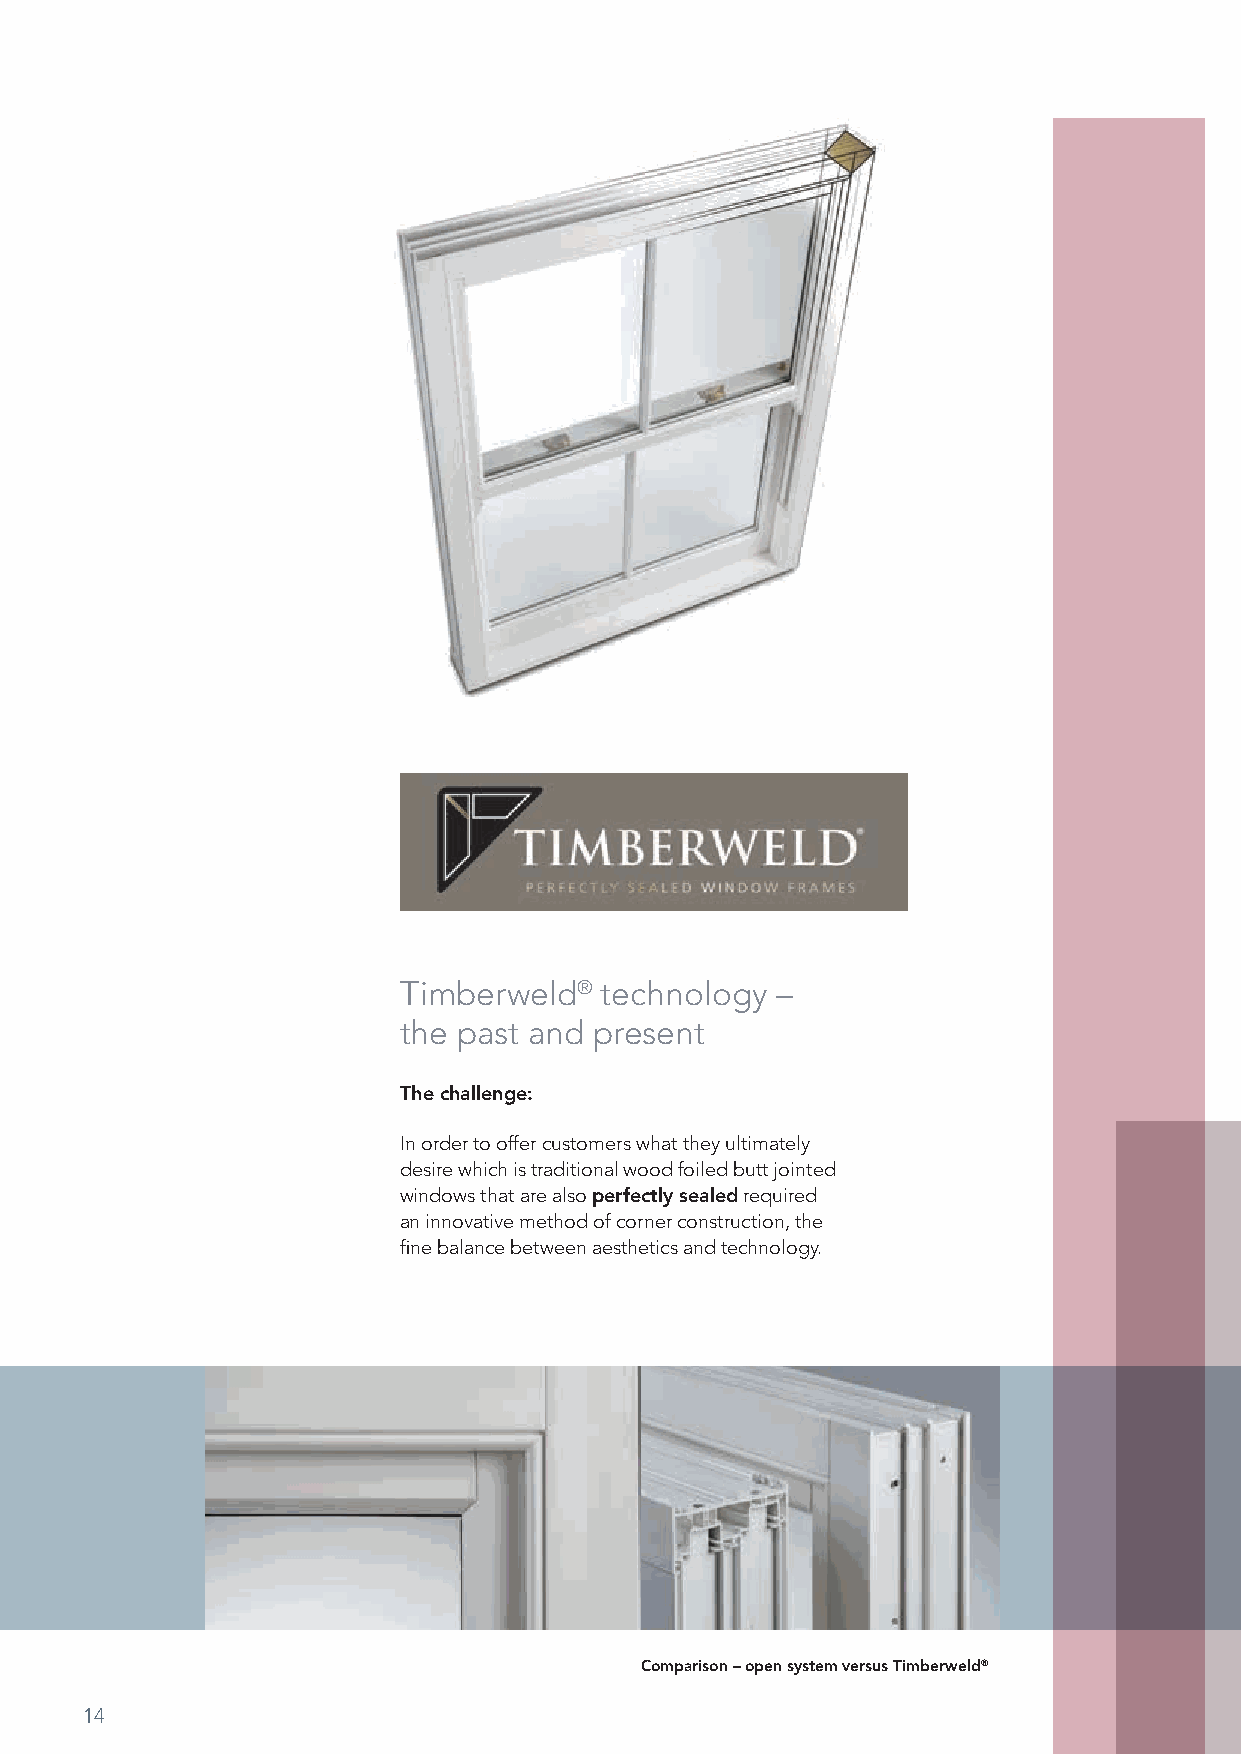
Timberweld®   technology –
 the past and present
 The challenge:
 In order to offer customers what they ultimately
 desire which is traditional wood foiled butt jointed
 windows that are also perfectly sealed required
 an innovative method of corner construction, the
 fine balance between aesthetics and technology.
 Comparison – open system versus Timberweld®
 14